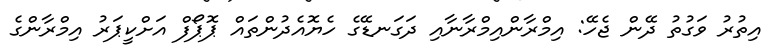
އިތުރު ވަގުތު ދޭން ޖެހޭ: އިމްރާންއިމްރާނާއި ދަގަނޑޭގެ ހެޔޮއެދުންތައް ޕޮޕޯފް އަށްކީޕަރު އިމްރާންގެ